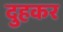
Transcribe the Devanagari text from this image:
दुहकर